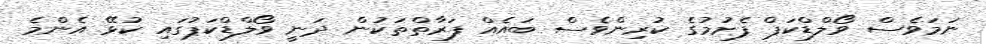
ނަމަވެސް ވޯލްޑްކަޕް ފެށުމުގެ ކުރިންވެސް ބައެއް ފަރާތްތަކުން ދަނީ ވޯލްޑްކަޕުގައި ކުޅޭ އެންމެ